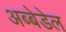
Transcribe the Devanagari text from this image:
अब्बेडेल